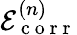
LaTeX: \mathcal{E}_{\mathrm{~c~o~r~r~}}^{(n)}